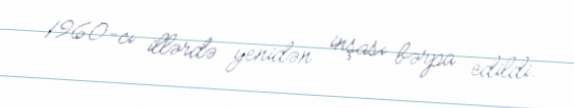
1960-cı illərdə yenidən inşası bərpa edildi.